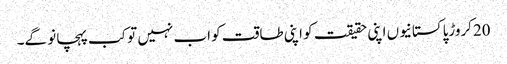
20کروڑپاکستانیوں اپنی حقیقت کو اپنی طاقت کو اب نہیں تو کب پہچانو گے۔